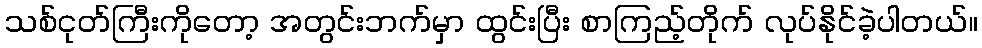
သစ်ငုတ်ကြီးကိုတော့ အတွင်းဘက်မှာ ထွင်းပြီး စာကြည့်တိုက် လုပ်နိုင်ခဲ့ပါတယ်။